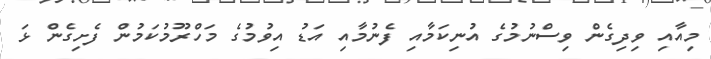
މިއާއި ވިދިގެން ވިސްނުމުގެ އުނިކަމާއި ފެނުމާއި އަޑު އިވުމުގެ މަހްރޫމުކަމުން ފެށިގެން ޅަ